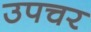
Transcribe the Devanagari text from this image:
उपचर